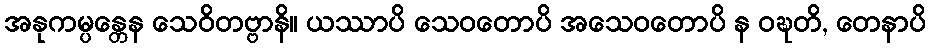
အနုကမ္ပန္တေန သေဝိတဗ္ဗာနိ။ ယဿာပိ သေဝတောပိ အသေဝတောပိ န ဝဍ္ဎတိ, တေနာပိ